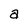
Character: a